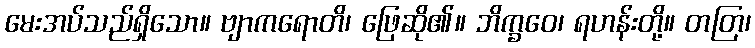
မေးအပ်သည်ရှိသော။ ဗျာကရောတိ၊ ဖြေဆို၏။ ဘိက္ခဝေ၊ ရဟန်းတို့။ တတြ၊